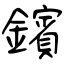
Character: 鑌